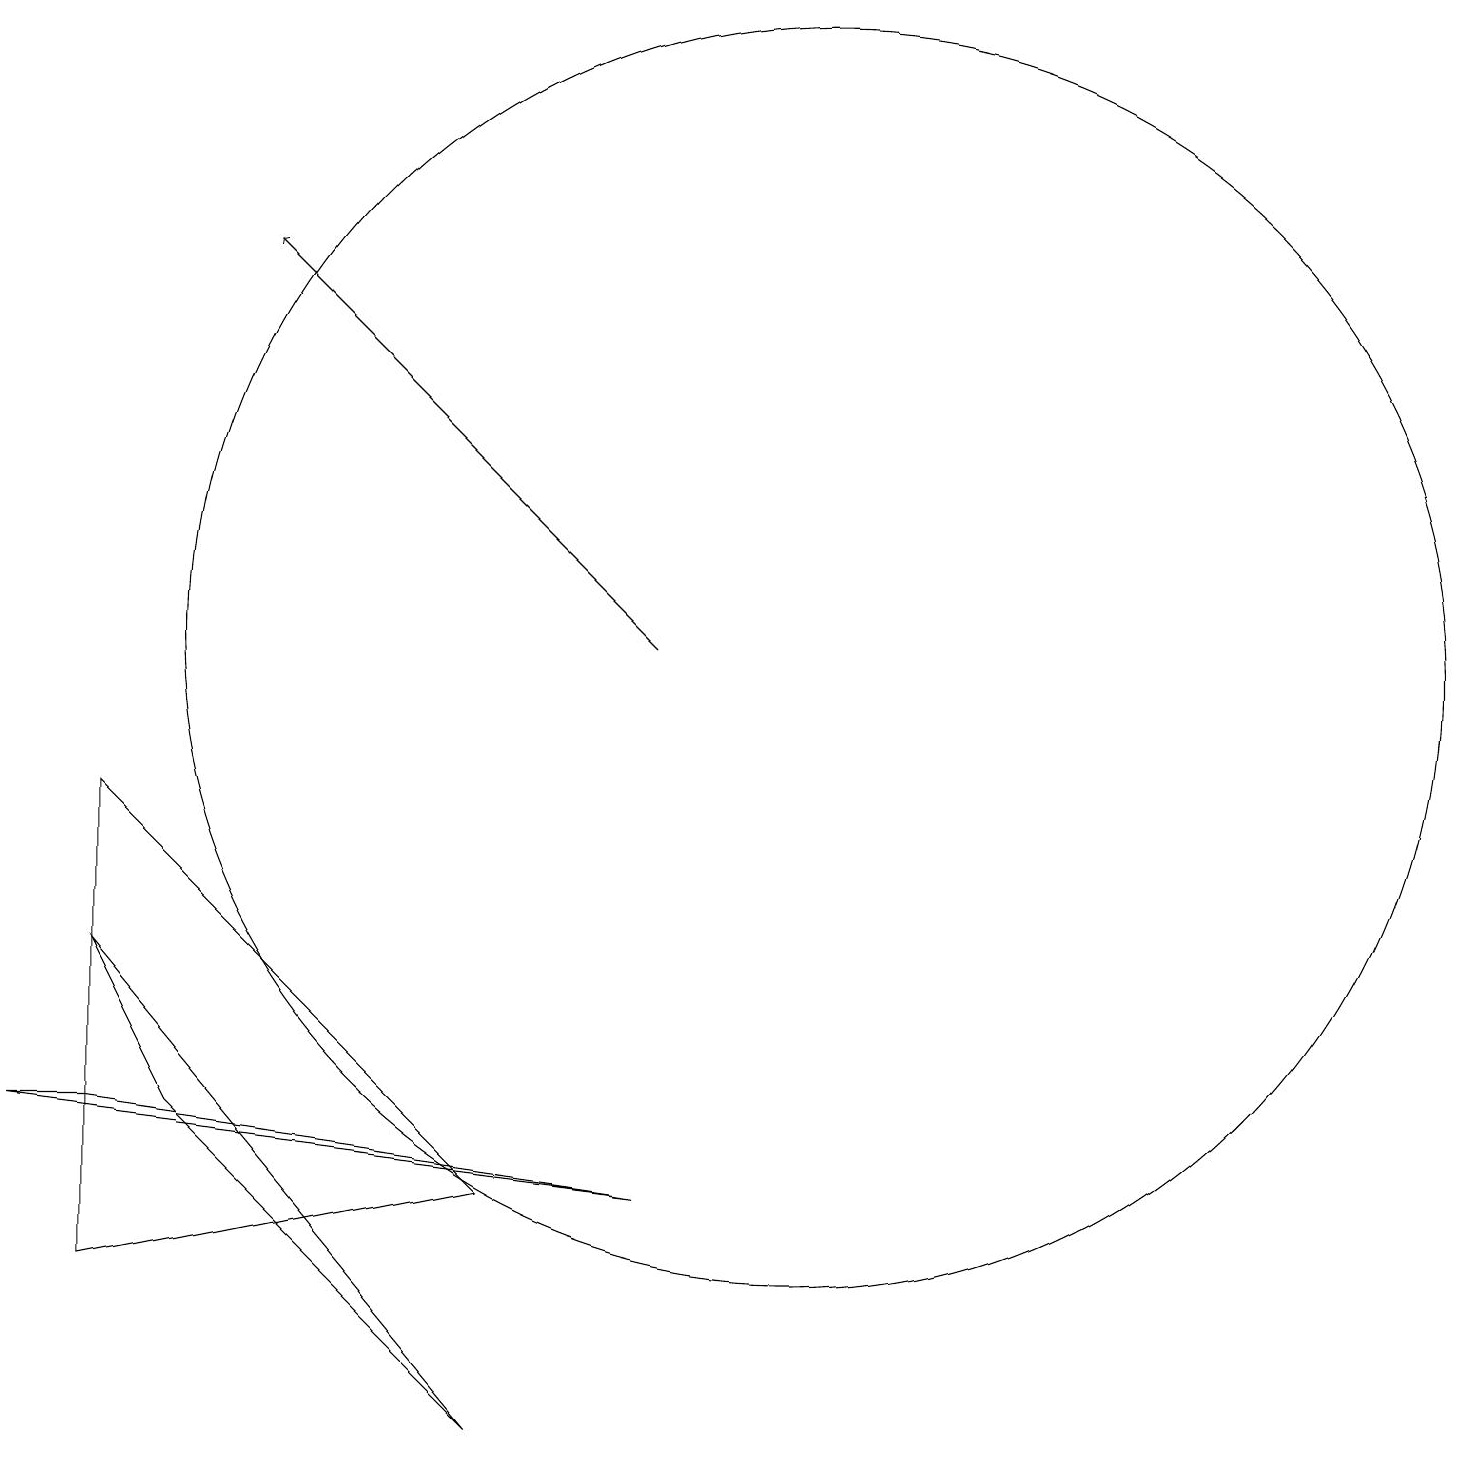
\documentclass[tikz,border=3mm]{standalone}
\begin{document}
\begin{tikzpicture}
\draw[->] (8,11) -- (3,16);
\draw (8,4) -- (0,5) -- (1,5) -- cycle;
\draw (1,3) -- (1,9) -- (6,4) -- cycle;
\draw (10,11) circle (8);
\draw (2,5) -- (1,7) -- (6,1) -- cycle;
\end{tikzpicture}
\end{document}